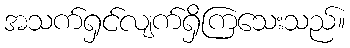
အသက်ရှင်လျက်ရှိကြသေးသည်။